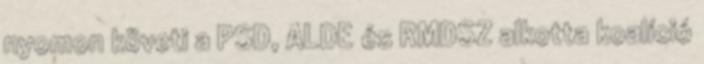
nyomon követi a PSD, ALDE és RMDSZ alkotta koalíció